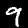
Label: 9